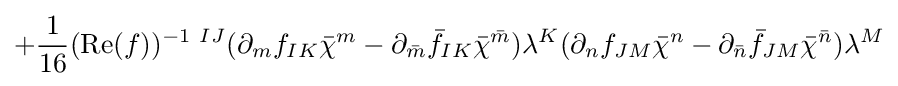
+{\frac {1}{16}}({\text{Re}}(f))^{-1\ IJ}(\partial _{m}f_{IK}{\bar {\chi }}^{m}-\partial _{\bar {m}}{\bar {f}}_{IK}{\bar {\chi }}^{\bar {m}})\lambda ^{K}(\partial _{n}f_{JM}{\bar {\chi }}^{n}-\partial _{\bar {n}}{\bar {f}}_{JM}{\bar {\chi }}^{\bar {n}})\lambda ^{M}